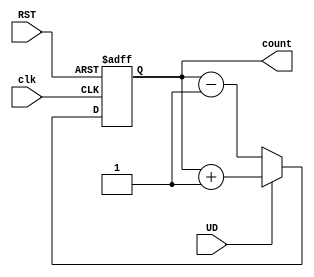
module up_down_counter (
    input wire clk,          // Clock signal (asynchronous)
    input wire RST,         // Asynchronous reset signal
    input wire UD,          // Up/Down control signal
    output reg [3:0] count  // 4-bit counter output
);

// Asynchronous reset and counting logic
always @(posedge clk or posedge RST) begin
    if (RST) begin
        count <= 4'b0000; // Reset counter to 0
    end else begin
        if (UD) begin
            count <= count + 1; // Count up
        end else begin
            count <= count - 1; // Count down
        end
    end
end

endmodule